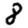
Digit: 8